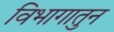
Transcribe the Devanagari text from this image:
विभागातुन